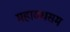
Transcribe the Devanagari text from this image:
महावधसम